Vaccination in Bombay 1863-1868 - 1863-1868
Year: 1863
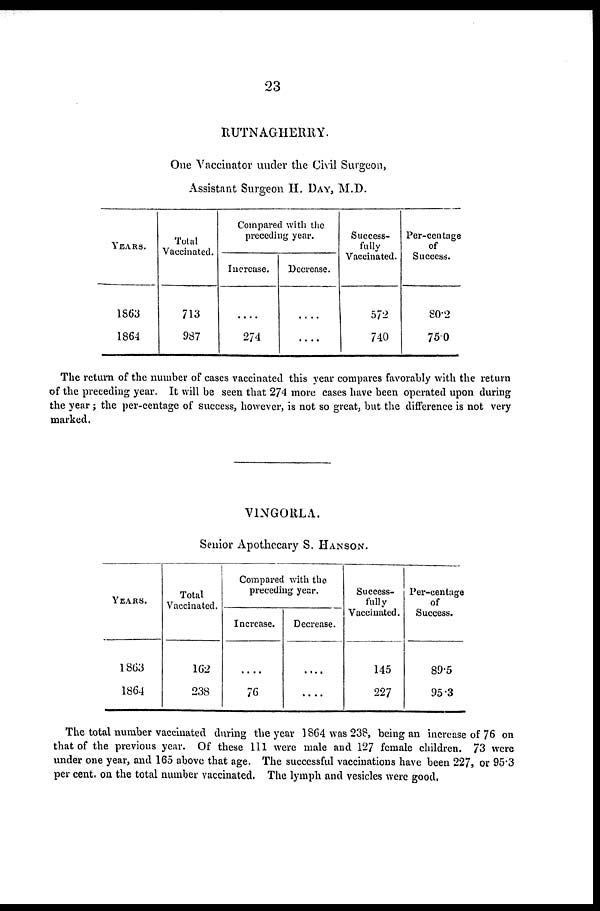
23
RUTNAGHERRY.
One Vaccinator under the Civil Surgeon,
Assistant Surgeon II. DAY, M.D.
YEARS.
1863
1864
Total
Vaccinated.
713
987
Compared with the
preceding year.
Increase.
....
274
Decrease.
....
....
Success-
fully
Vaccinated.
572
740
Per-centage
of
Success.
80.2
75.0
The return of the number of cases vaccinated this year compares favorably with the return
of the preceding year. It will be seen that 274 more cases have been operated upon during
the year ; the per-centage of success, however, is not so great, but the difference is not very
marked.
VINGORLA.
Senior Apothecary S. HANSON.
YEARS.
1863
1864
Total
Vaccinated.
162
238
Compared with the
preceding year.
Increase.
....
76
Decrease.
....
....
Success-
fully
Vaccinated.
145
227
Per-centage
of
Success.
89.5
95.3
The total number vaccinated during the year 1864 was 238, being an increase of 76 on
that of the previous year. Of these 111 were male and 127 female children. 73 were
under one year, and 165 above that age. The successful vaccinations have been 227, or 95.3
per cent. on the total number vaccinated. The lymph and vesicles were good.